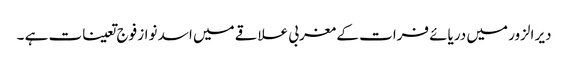
دیر الزور میں دریائے فرات کے مغربی علاقے میں اسد نواز فوج تعینات ہے ۔